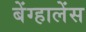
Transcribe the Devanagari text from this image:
बेंग्हालेंस